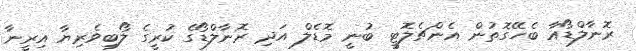
ރޮނާލްޑޯއާ ބެހޭގޮތުން އެންޗެލޮޓީ ބުނީ މޮޑެލް އަދި ރޮނާލްޑޯގެ ކުރީގެ ލޯބިވެރިޔާ އިރީނާ